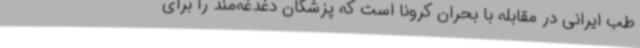
طب ایرانی در مقابله با بحران کرونا است که پزشکان دغدغه‌مند را برای